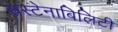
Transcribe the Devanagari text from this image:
सस्टेनाबिलिटी